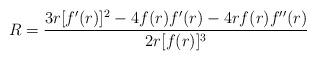
\begin{align*}R = {3 r [f'(r)]^2 - 4 f(r) f'(r) - 4 r f(r) f''(r)\over2 r [f(r)]^3}\end{align*}